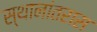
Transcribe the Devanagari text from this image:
स्थानांतरास